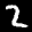
Digit: 2